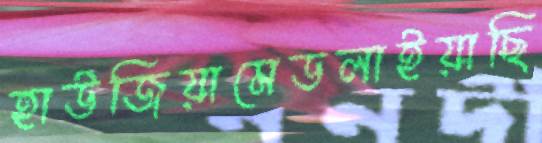
হাউজিয়ামেডলাইয়াছি